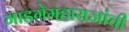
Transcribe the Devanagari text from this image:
गाडगेमहाराजांची